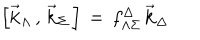
LaTeX: \Bigr [ { \vec { \bf k } } _ { \Lambda } \, , \, { \vec { \bf k } } _ { \Sigma } \, \Bigr ] \, = \, f _ { \Lambda \Sigma } ^ { \Delta } \, { \vec { \bf k } } _ { \Delta }